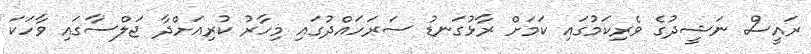
ރައީސް ނަޝީދުގެ ވެރިކަމުގައި ކަމަށް ރާޅުގަނޑު ސަރަހައްދުގައި މިހާރު ކުރިއަށްދާ ޖަލްސާގައި ވާހަކަ